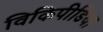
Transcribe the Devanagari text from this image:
विकिपीडिया